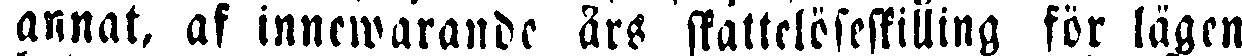
annat, af innewarande års skattelöseskilling för lägen